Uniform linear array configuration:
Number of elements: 64
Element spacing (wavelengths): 1
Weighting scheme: hamming
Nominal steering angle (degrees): -45
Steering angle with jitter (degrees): -45.753
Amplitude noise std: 0.05
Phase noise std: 0.05

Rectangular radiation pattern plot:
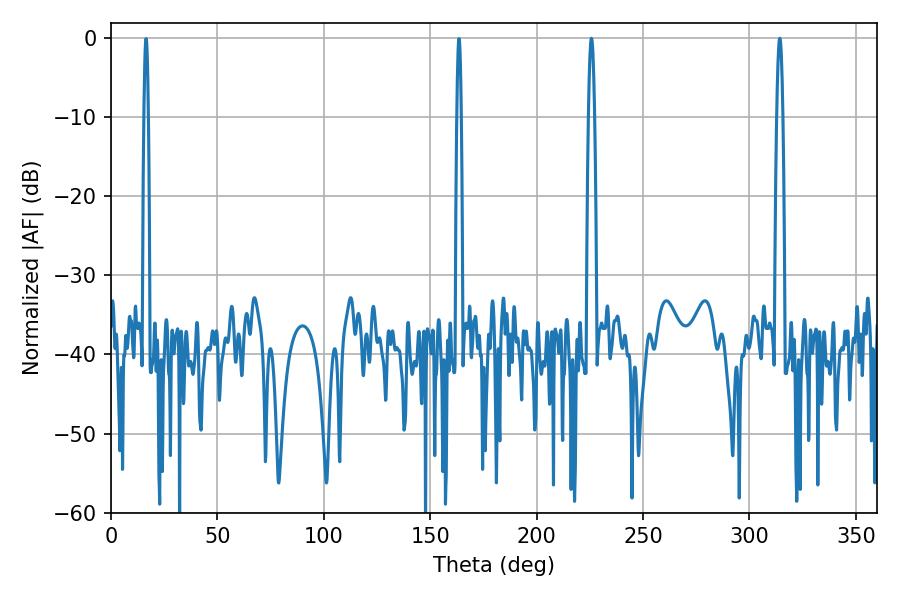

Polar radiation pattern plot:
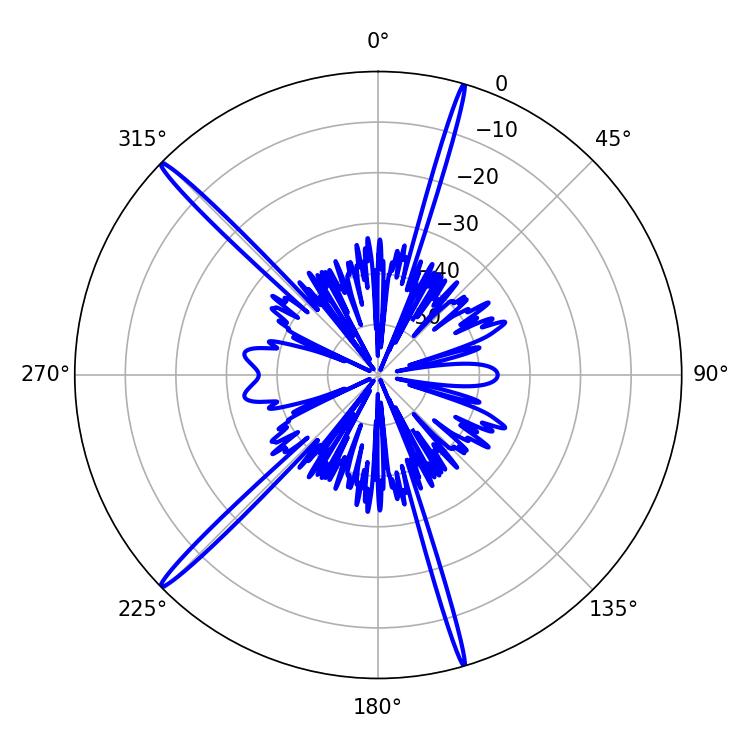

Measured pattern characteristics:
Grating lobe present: TRUE
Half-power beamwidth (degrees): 1.44
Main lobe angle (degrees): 314.28